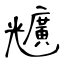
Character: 兤